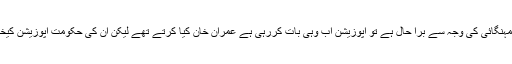
انہوں نے کہا کہ اب جب عوام کا مہنگائی کی وجہ سے برا حال ہے تو اپوزیشن اب وہی بات کررہی ہے عمران خان کیا کرتے تھے لیکن ان کی حکومت اپوزیشن کیخلاف نیب کو استعمال کررہی ہے ۔